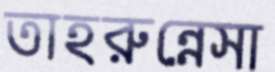
তাহরুন্নেসা